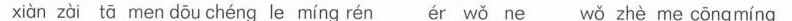
xiàn zài tā men dōu chéng le míng rén ér wǒ ne wǒ zhè me cǒngmíng